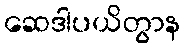
ဆေဒါပယိတွာန